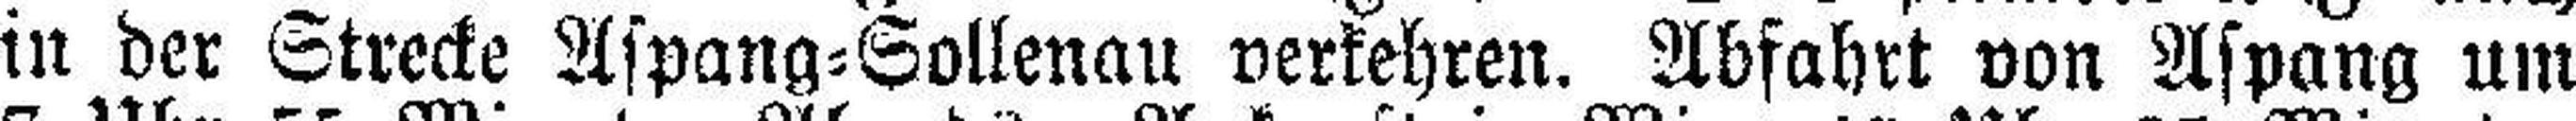
in der Strecke Aspang=Sollenau verkehren. Abfahrt von Aspang um